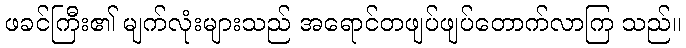
ဖခင်ကြီး၏ မျက်လုံးများသည် အရောင်တဖျပ်ဖျပ်တောက်လာကြ သည်။